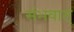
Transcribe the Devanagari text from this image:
संभवात्‌